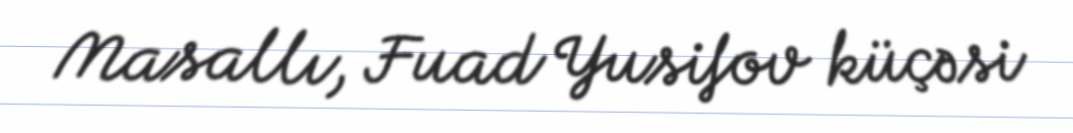
Masallı, Fuad Yusifov küçəsi